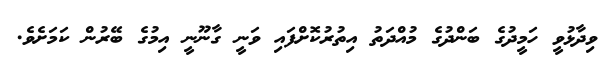
ވިދާޅުވީ ހަމީދުގެ ބަންދުގެ މުއްދަތު އިތުރުކޮށްފައި ވަނީ ގާނޫނީ އިމުގެ ބޭރުން ކަމަށެވެ.